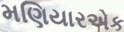
મણિયારએક